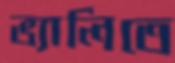
ভ্যালিতে